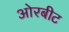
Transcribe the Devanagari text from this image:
ओरबीट